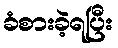
ခံစားခဲ့ရပြီး